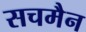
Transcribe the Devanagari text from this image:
सचमैन